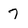
Character: 7